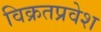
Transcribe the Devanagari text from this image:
विक्रतप्रवेश